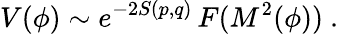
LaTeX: V(\phi)\sim{e^{-2S(p,q)}}\, F(M^{2}(\phi))\ .